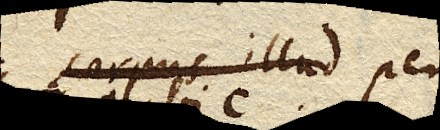
corpus illud corpus illud